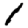
Digit: 1